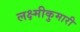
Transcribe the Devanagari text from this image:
लक्ष्मीकुमारी